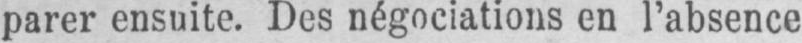
parer ensuite. Des négociations en l’absence